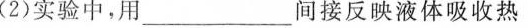
(2)实验中，用______间接反映液体吸收热